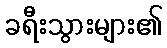
ခရီးသွားများ၏